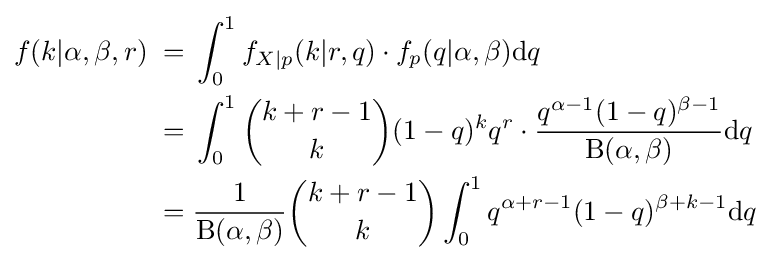
{\begin{aligned}f(k|\alpha ,\beta ,r)\;=&\;\int _{0}^{1}f_{X|p}(k|r,q)\cdot f_{p}(q|\alpha ,\beta )\mathrm {d} q\\=&\;\int _{0}^{1}{\binom {k+r-1}{k}}(1-q)^{k}q^{r}\cdot {\frac {q^{\alpha -1}(1-q)^{\beta -1}}{\mathrm {B} (\alpha ,\beta )}}\mathrm {d} q\\=&\;{\frac {1}{\mathrm {B} (\alpha ,\beta )}}{\binom {k+r-1}{k}}\int _{0}^{1}q^{\alpha +r-1}(1-q)^{\beta +k-1}\mathrm {d} q\end{aligned}}